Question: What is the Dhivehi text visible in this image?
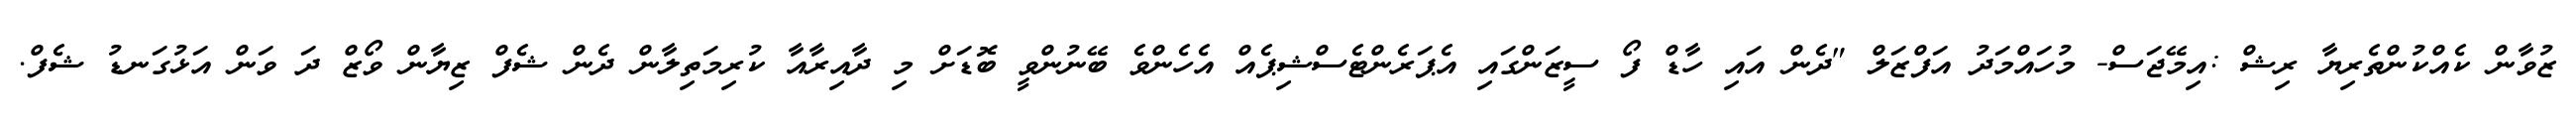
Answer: ޒުވާން ކެއްކުންތެރިޔާ ރިޝް :އިމޭޖަސް- މުހައްމަދު އަފްޒަލް "ދެން އައި ހާޑް ފޯ ސީޒަންގައި އެޕަރެންޓެސްޝިޕެއް އެހެންވެ ބޭނުންވީ ބޮޑަށް މި ދާއިރާއާ ކުރިމަތިލާން ދެން ޝެފް ޒިޔާން ވޯޒް ދަ ވަން އަޅުގަނޑު ޝެފް.